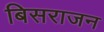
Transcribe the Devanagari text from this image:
बिसराजन